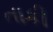
તાકી